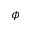
\phi